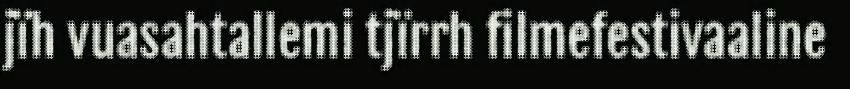
jïh vuasahtallemi tjïrrh filmefestivaaline